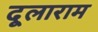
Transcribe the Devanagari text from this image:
दूलाराम